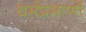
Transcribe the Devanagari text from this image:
धर्मप्रमाणों